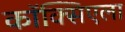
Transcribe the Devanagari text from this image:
कॉक्सिएला